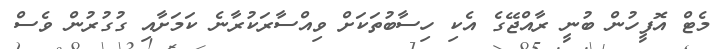
މެޓް އޮފީހުން ބުނީ ރާއްޖޭގެ އެކި ހިސާބުތަކަށް ވިއްސާރަކުރާނެ ކަމަށާއި ގުގުރުން ވެސް